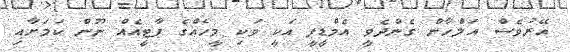
އޭރުވެސް އަލްހާން ގެންދެވީ އެމްޑީޕީ އަކީ ވަކި މީހެއްގެ ޕާޓީއެއް ނޫން ކަމަށާއި